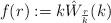
LaTeX: \begin{align*}f(r) := k\hat W_{\frac{r}{k}}(k)\end{align*}